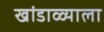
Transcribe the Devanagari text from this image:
खांडाळ्याला